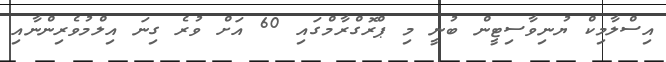
އިސްލާމިކް ޔުނިވާސިޓީން ބުނީ މި ޕްރޮގްރާމްގައި 60 އަށް ވުރެ ގިނަ އިލްމުވެރިންނާއި